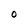
Character: O